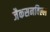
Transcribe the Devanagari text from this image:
जैकसनविल्ल